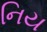
નિય